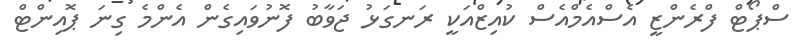
ސްޕޯޓް ފްރެންޒީ އެސްއެމްއެސް ކުއިޒްއަކީ ރަނގަޅު ޖަވާބު ފޮނުވައިގެން އެންމެ ގިނަ ޕޮއިންޓް